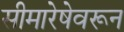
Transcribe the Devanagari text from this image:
सीमारेषेवरून